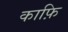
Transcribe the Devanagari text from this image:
काफ़ि